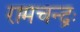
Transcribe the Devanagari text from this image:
रामचन्द्रः